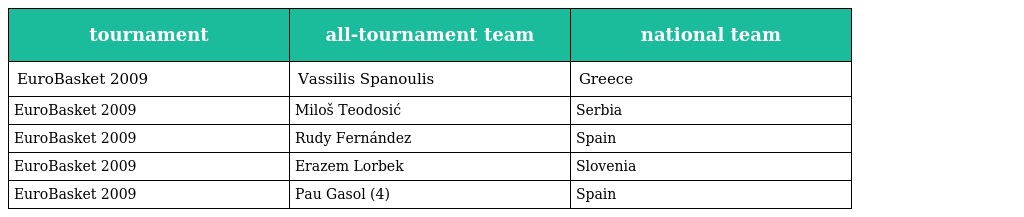
| tournament | all-tournament team | national team |
 | --- | --- | --- |
 | EuroBasket 2009 | Vassilis Spanoulis | Greece |
 | EuroBasket 2009 | Miloš Teodosić | Serbia |
 | EuroBasket 2009 | Rudy Fernández | Spain |
 | EuroBasket 2009 | Erazem Lorbek | Slovenia |
 | EuroBasket 2009 | Pau Gasol (4) | Spain |